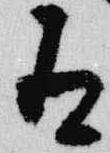
有